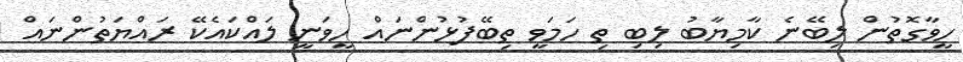
ހީވާގޮތުން ލިބޭނެ ކާމިޔާބު ލިބި ތި ހަމަވީ ތިބޭފުޅުންނައް ހީވަނީ ލައްކައެކޭ ރައްޔަތުންނައް